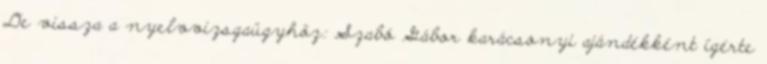
De vissza a nyelvvizsgaügyhöz: Szabó Gábor karácsonyi ajándékként ígérte